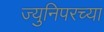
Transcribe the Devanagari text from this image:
ज्युनिपरच्या